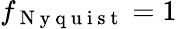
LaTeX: f_{\mathrm{~N~y~q~u~i~s~t~}}=1